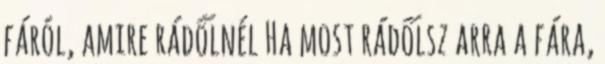
fáról, amire rádőlnél Ha most rádőlsz arra a fára,